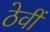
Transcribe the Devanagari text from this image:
ठेवीं